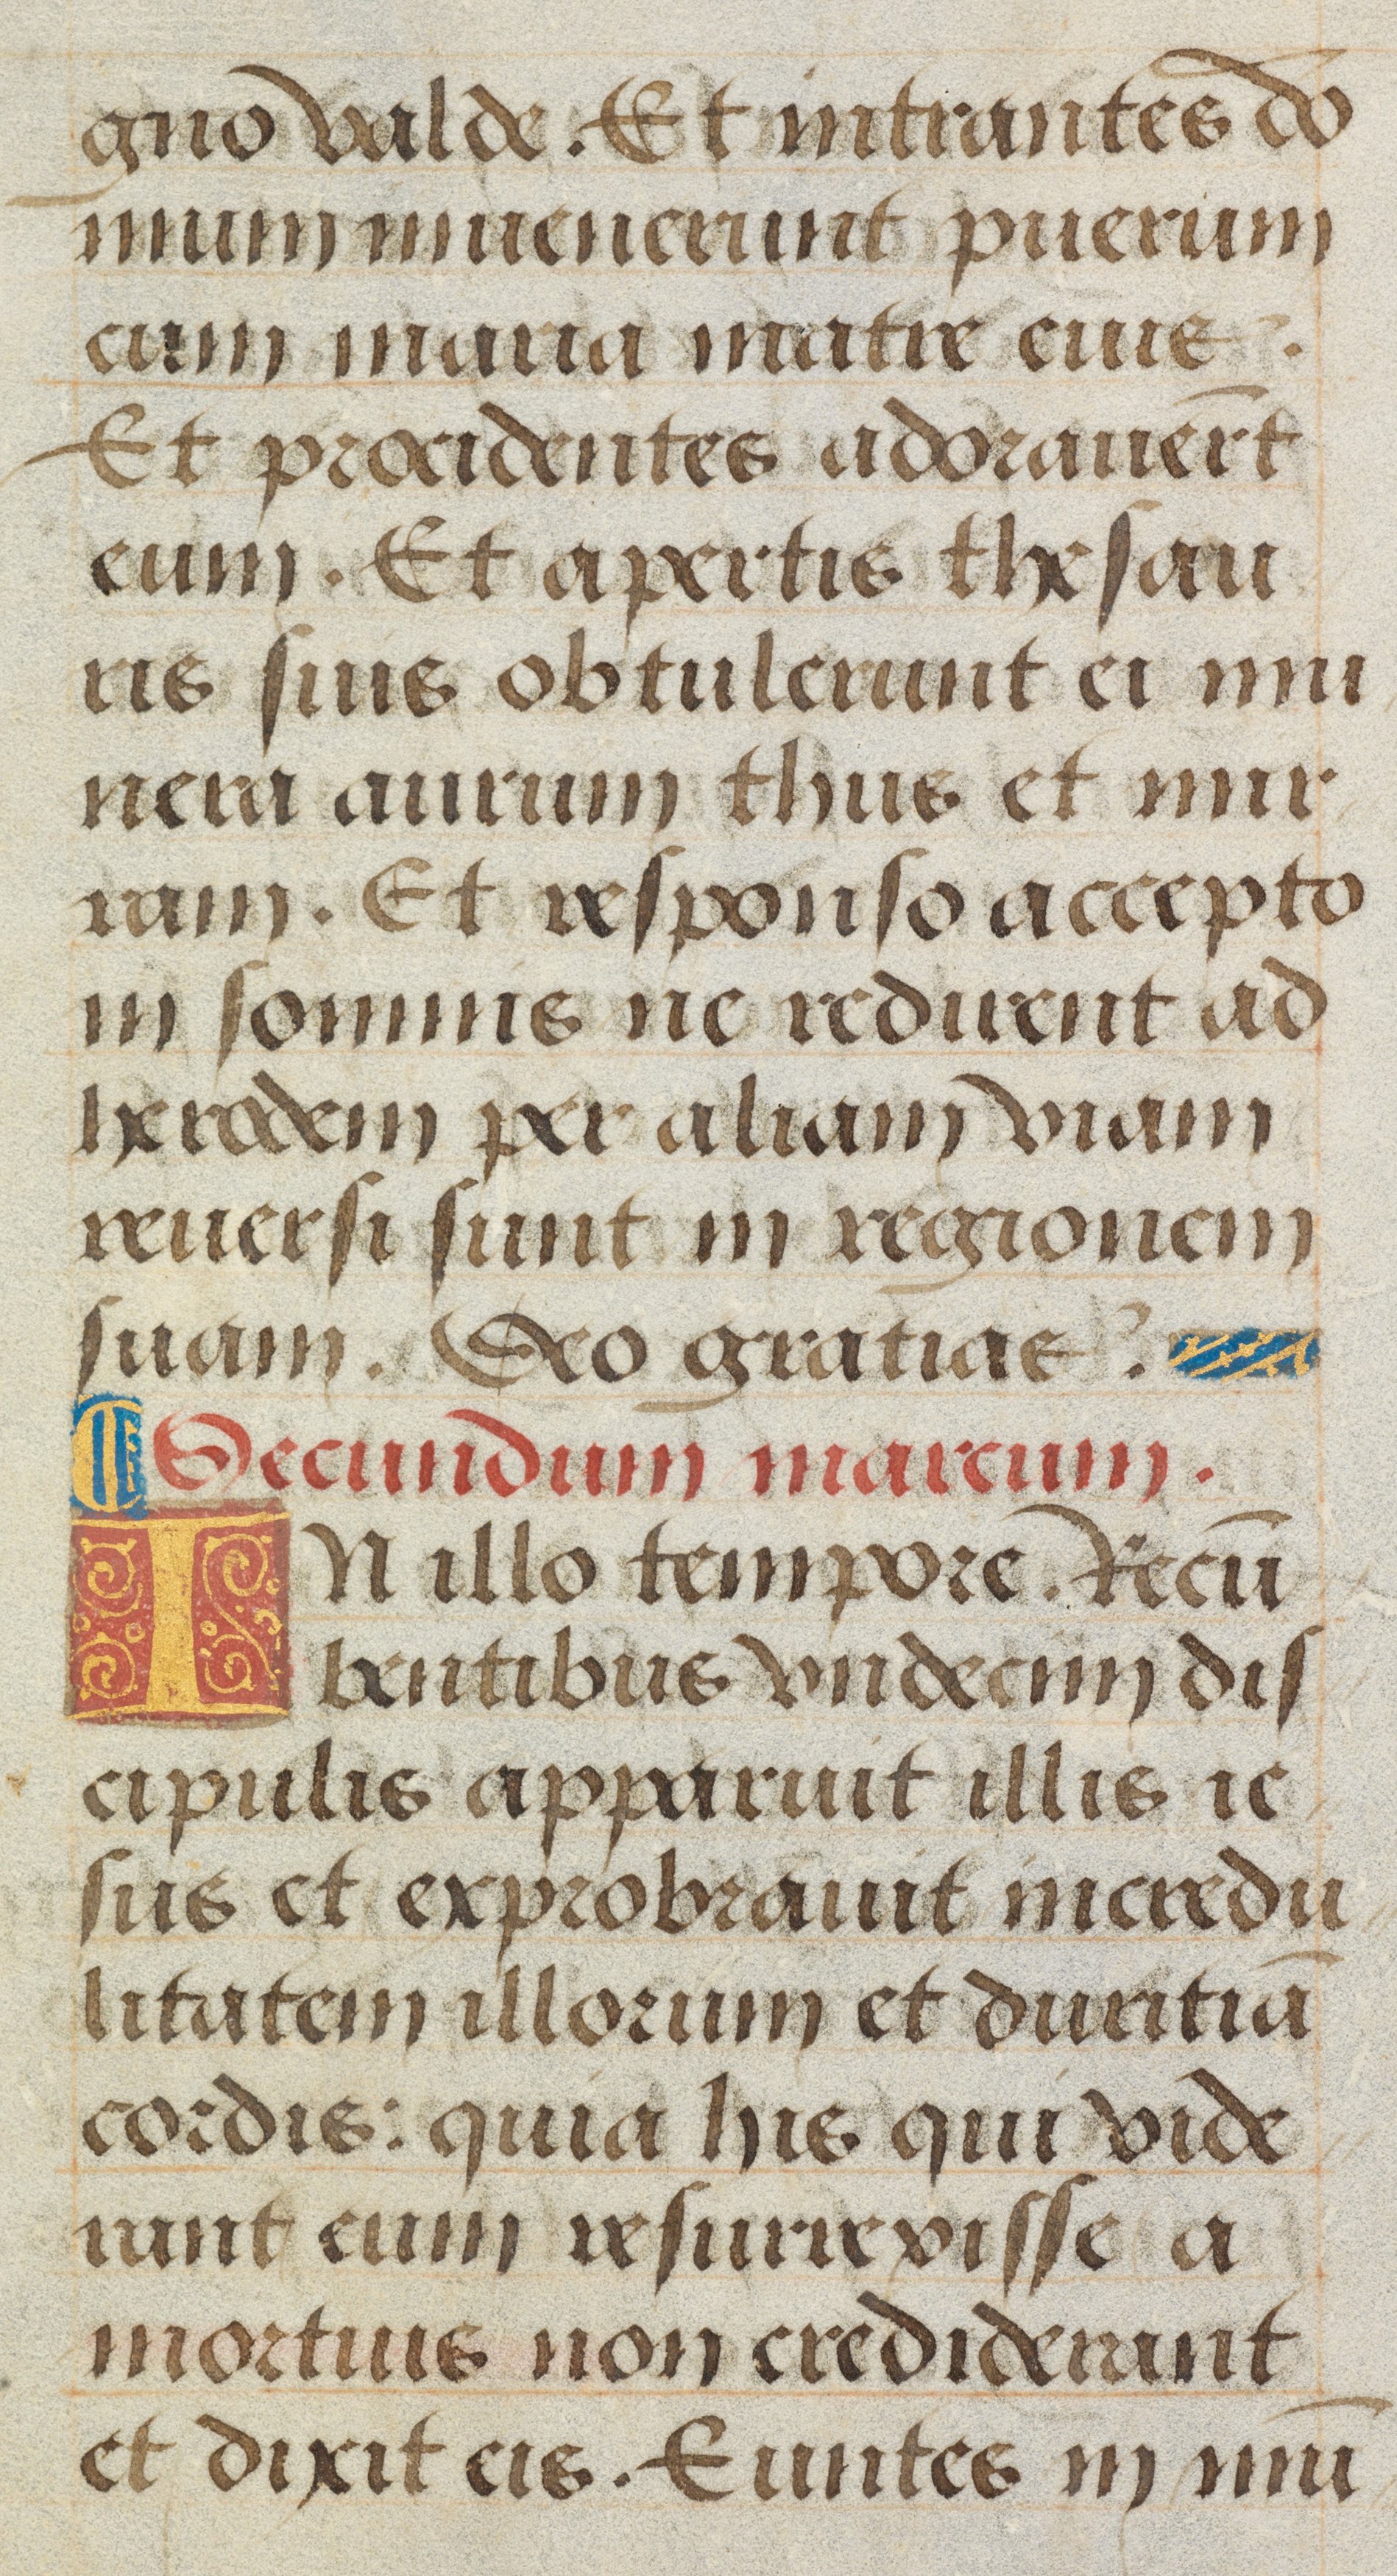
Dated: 1450–1499